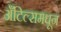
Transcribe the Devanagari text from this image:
अँटिल्समधून